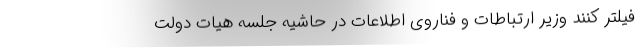
فیلتر کنند وزیر ارتباطات و فناروی اطلاعات در حاشیه جلسه هیات دولت